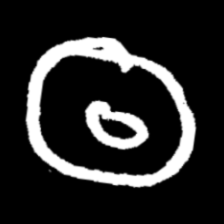
Pyu character \u2014 Myanmar letter: ထ (romanized: tha)